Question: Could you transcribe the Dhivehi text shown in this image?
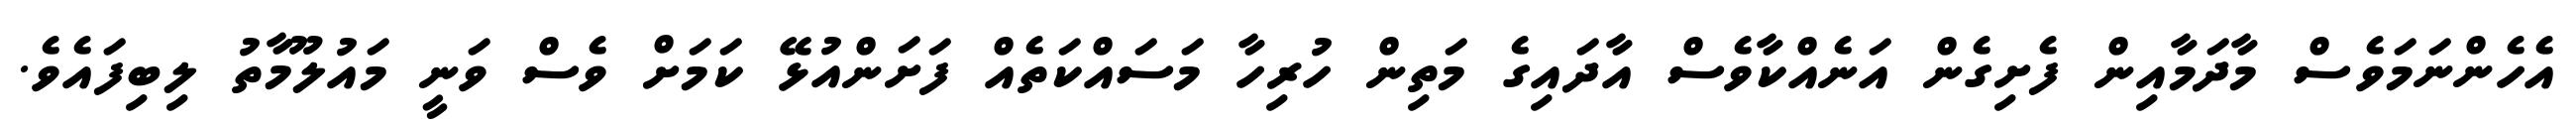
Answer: އެހެންނަމަވެސް މާދަމާއިން ފެށިގެން އަނެއްކާވެސް އާދައިގެ މަތިން ހުރިހާ މަސައްކަތެއް ފަށަންއުޅޭ ކަމަށް ވެސް ވަނީ މައުލޫމާތު ލިބިފައެވެ.